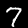
Label: 7